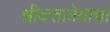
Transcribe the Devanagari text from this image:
श्रीदत्तात्रेयाचा